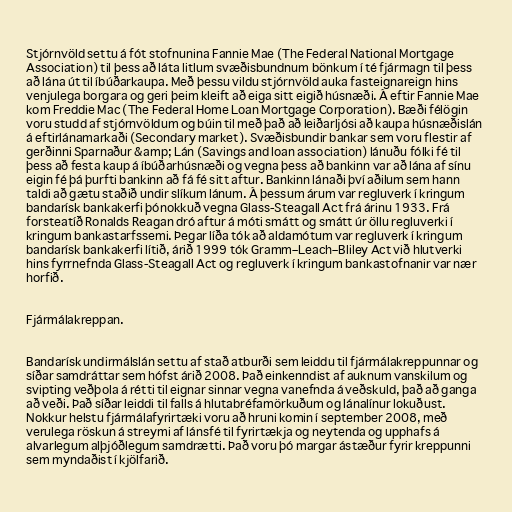
Stjórnvöld settu á fót stofnunina Fannie Mae (The Federal National Mortgage
Association) til þess að láta litlum svæðisbundnum bönkum í té fjármagn til þess
að lána út til íbúðarkaupa. Með þessu vildu stjórnvöld auka fasteignareign hins
venjulega borgara og geri þeim kleift að eiga sitt eigið húsnæði. Á eftir Fannie Mae
kom Freddie Mac (The Federal Home Loan Mortgage Corporation). Bæði félögin
voru studd af stjórnvöldum og búin til með það að leiðarljósi að kaupa húsnæðislán
á eftirlánamarkaði (Secondary market). Svæðisbundir bankar sem voru flestir af
gerðinni Sparnaður &amp; Lán (Savings and loan association) lánuðu fólki fé til
þess að festa kaup á íbúðarhúsnæði og vegna þess að bankinn var að lána af sínu
eigin fé þá þurfti bankinn að fá fé sitt aftur. Bankinn lánaði því aðilum sem hann
taldi að gætu staðið undir slíkum lánum. Á þessum árum var regluverk í kringum
bandarísk bankakerfi þónokkuð vegna Glass-Steagall Act frá árinu 1933. Frá
forsteatíð Ronalds Reagan dró aftur á móti smátt og smátt úr öllu regluverki í
kringum bankastarfssemi. Þegar líða tók að aldamótum var regluverk í kringum
bandarísk bankakerfi lítið, árið 1999 tók Gramm–Leach–Bliley Act við hlutverki
hins fyrrnefnda Glass-Steagall Act og regluverk í kringum bankastofnanir var nær
horfið.

Fjármálakreppan.

Bandarísk undirmálslán settu af stað atburði sem leiddu til fjármálakreppunnar og
síðar samdráttar sem hófst árið 2008. Það einkenndist af auknum vanskilum og
svipting veðþola á rétti til eignar sinnar vegna vanefnda á veðskuld, það að ganga
að veði. Það síðar leiddi til falls á hlutabréfamörkuðum og lánalínur lokuðust.
Nokkur helstu fjármálafyrirtæki voru að hruni komin í september 2008, með
verulega röskun á streymi af lánsfé til fyrirtækja og neytenda og upphafs á
alvarlegum alþjóðlegum samdrætti. Það voru þó margar ástæður fyrir kreppunni
sem myndaðist í kjölfarið.